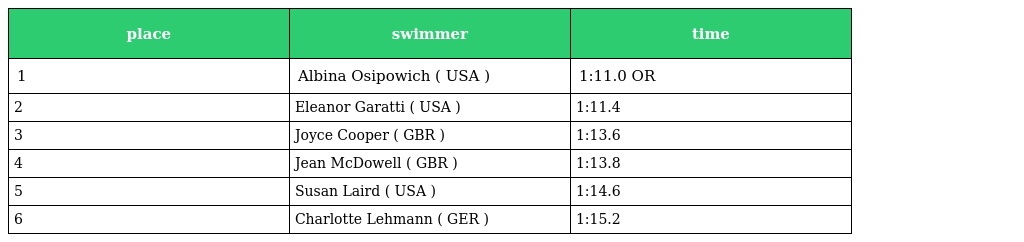
| place | swimmer | time |
 | --- | --- | --- |
 | 1 | Albina Osipowich ( USA ) | 1:11.0 OR |
 | 2 | Eleanor Garatti ( USA ) | 1:11.4 |
 | 3 | Joyce Cooper ( GBR ) | 1:13.6 |
 | 4 | Jean McDowell ( GBR ) | 1:13.8 |
 | 5 | Susan Laird ( USA ) | 1:14.6 |
 | 6 | Charlotte Lehmann ( GER ) | 1:15.2 |